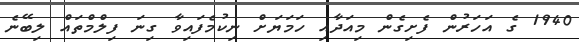
1940 ގެ އަހަރުން ފެށިގެން މިއަދާއި ހަމަޔަށް ނިކުމެފައިވާ ގިނަ ފިލްމްތައް ލިބޭނެ